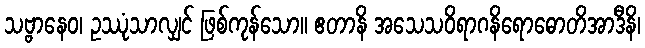
သဗ္ဗာနေဝ၊ ဥဿုံသာလျှင် ဖြစ်ကုန်သော။ ဧတာနိ အသေသဝိရာဂနိရောဓောတိအာဒီနိ၊